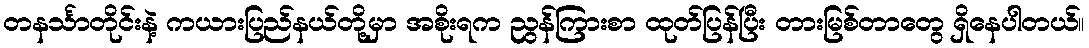
တနင်္သာတိုင်းနဲ့ ကယားပြည်နယ်တို့မှာ အစိုးရက ညွန်ကြားစာ ထုတ်ပြန်ပြီး တားမြစ်တာတွေ ရှိနေပါတယ်။